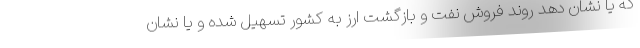
که یا نشان دهد روند فروش نفت و بازگشت ارز به کشور تسهیل شده و یا نشان